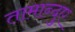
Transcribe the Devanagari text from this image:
तामान्दुए